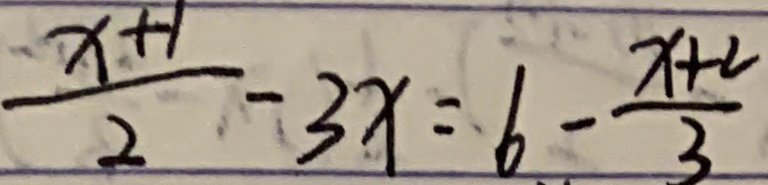
\frac { x + 1 } { 2 } - 3 x = 6 - \frac { x + 2 } { 3 }